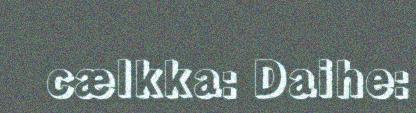
cælkka: Daihe: